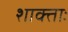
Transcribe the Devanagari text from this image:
शाक्ताः